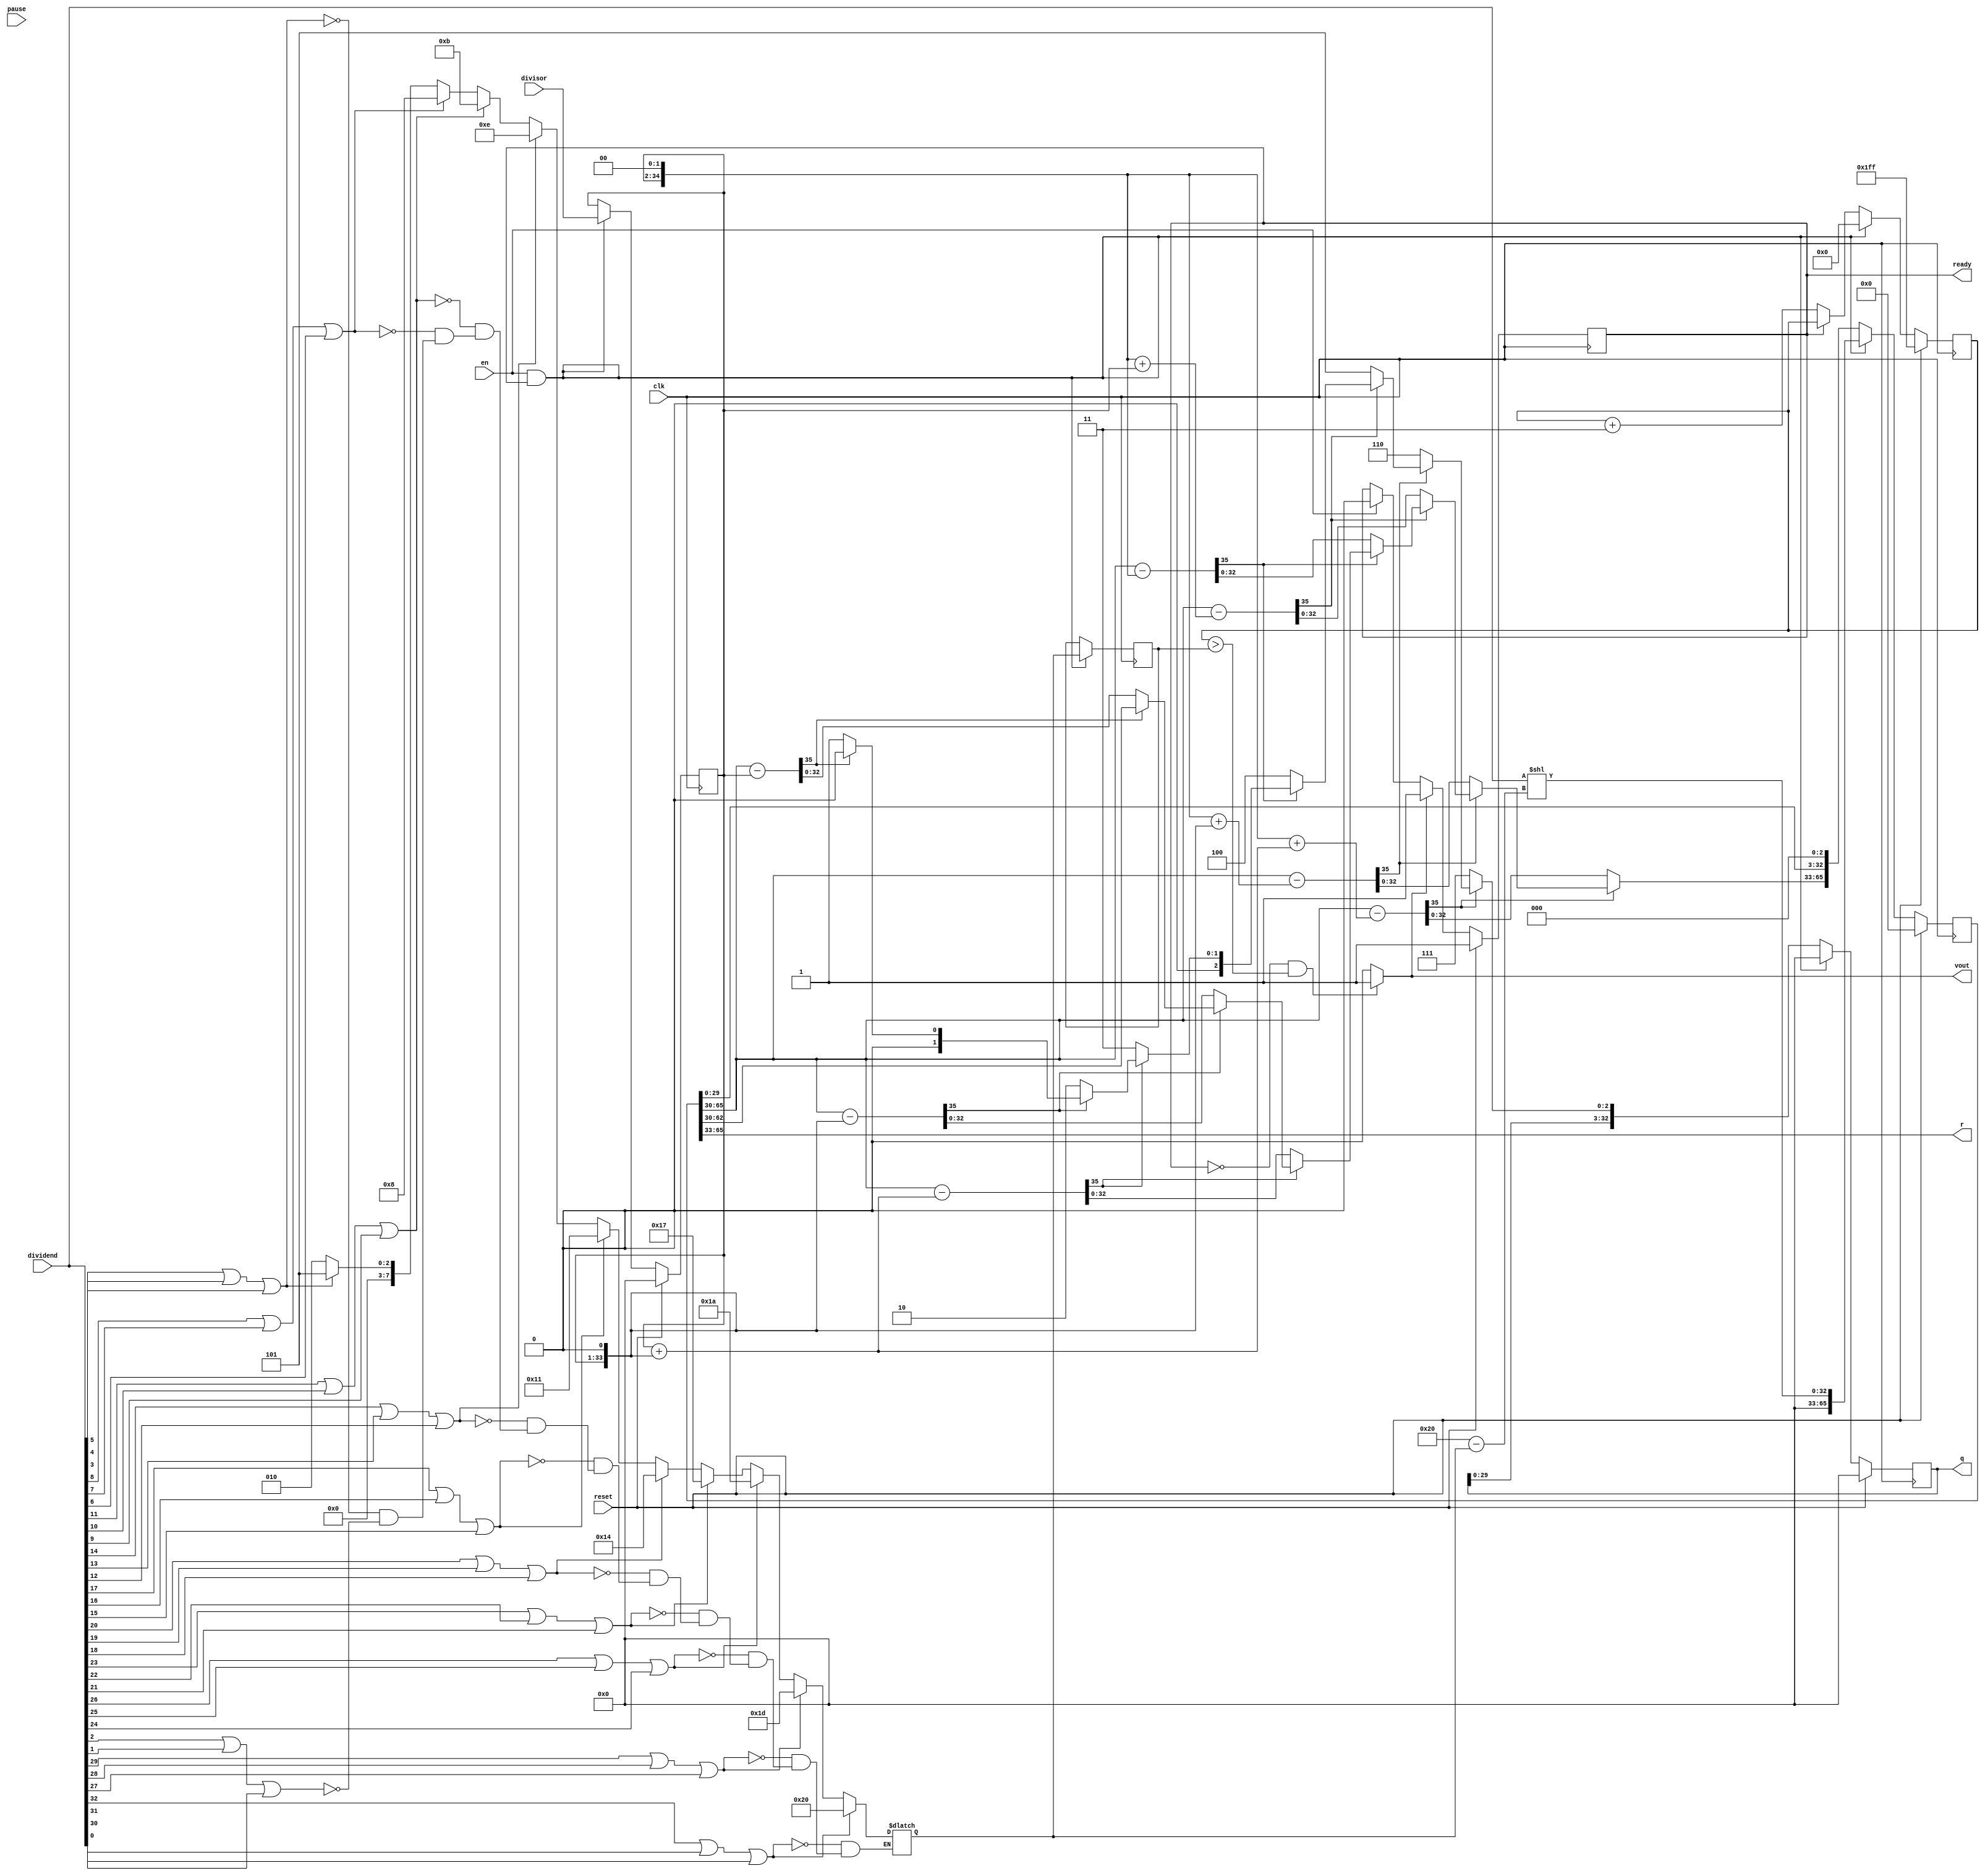
module divu_radix8#(
	parameter WIDTH = 33
)(
	input clk,
	input reset,
	input pause,
	
	input en,
	input [WIDTH-1:0] divisor,
	input [WIDTH-1:0] dividend,      // width should be multiple of 4
	
	output ready,
	output [WIDTH-1:0] q,
	output [WIDTH-1:0] r,
	output vout
);

	// localparam width1 = $clog2(WIDTH) ;
	localparam width1 = 8 ;
	
	integer index;
	reg [width1-1:0] msb_count ;
	
	initial msb_count = 0 ;
	always @* begin // combination logic
		for(index = 2; index < WIDTH; index = index + 3) begin
			if(dividend[index]!=0 || dividend[index-1]!=0 || dividend[index-2]!=0 ) begin
				msb_count = index;
			end
		end
	end
	
	wire [width1-1:0] shifts = WIDTH - 1 - msb_count;
	
	wire [WIDTH-1:0] wire_dividend = dividend << shifts ;

	reg reg_ready;
	always@(posedge clk) begin
	    if      ( reset ) reg_ready <= 1; 
		else if ( vout  ) reg_ready <= 1; 
		else if ( en    ) reg_ready <= 0; 
	end
	
	assign ready = reg_ready;
	
	wire init = en & ready;
	
	reg [WIDTH-1  :0] reg_divisor;
	reg [2*WIDTH-1:0] reg_dividend;
	
	reg [WIDTH-1  :0] reg_q;
	
	wire [2:0] wire_q0 ;
	
	wire [WIDTH-1:0] wire_d1 ;
	wire [WIDTH-4:0] wire_d0 = reg_dividend[WIDTH-4:0] ;
	
	always@(posedge clk) begin
		if (reset) begin
			reg_divisor  <= {WIDTH{1'b0}} ;
			reg_dividend <= {(2*WIDTH){1'b0}};
			reg_q        <= {WIDTH{1'b0}};
		end else if (init) begin
			reg_divisor  <= divisor ;
			reg_dividend <= {{WIDTH{1'b0}}, wire_dividend} ;
			reg_q        <= {WIDTH{1'b0}};
		end else begin
			reg_dividend <= {wire_d1, wire_d0, 3'd0} ;
			reg_q        <= {reg_q[WIDTH-4:0], wire_q0} ;
		end
	end
	
	wire [WIDTH+2:0] wire_b   = reg_divisor       ;
	wire [WIDTH+2:0] wire_2b  = reg_divisor << 1  ;
	wire [WIDTH+2:0] wire_3b  = wire_b + wire_2b  ;
	wire [WIDTH+2:0] wire_4b  = reg_divisor << 2  ;
	wire [WIDTH+2:0] wire_5b  = wire_4b + wire_b  ;
	wire [WIDTH+2:0] wire_6b  = wire_4b + wire_2b ;
	wire [WIDTH+2:0] wire_7b  = wire_4b + wire_3b ;
	
	wire [WIDTH+2:0] wire_a = { reg_dividend[(2*WIDTH-1):WIDTH-3] } ;
	
	wire [WIDTH+2:0] wire_s   =   wire_a - wire_b ;
	wire [WIDTH+2:0] wire_2s  =   wire_a - wire_2b ;
	wire [WIDTH+2:0] wire_3s  =   wire_a - wire_3b ;
	wire [WIDTH+2:0] wire_4s  =   wire_a - wire_4b ;
	wire [WIDTH+2:0] wire_5s  =   wire_a - wire_5b ;
	wire [WIDTH+2:0] wire_6s  =   wire_a - wire_6b ;
	wire [WIDTH+2:0] wire_7s  =   wire_a - wire_7b ;
	
	assign wire_d1 = ( wire_7s[WIDTH+2]  == 1'b0 ) ? wire_7s[WIDTH-1:0] 
	:                ( wire_6s[WIDTH+2]  == 1'b0 ) ? wire_6s[WIDTH-1:0] 
	:                ( wire_5s[WIDTH+2]  == 1'b0 ) ? wire_5s[WIDTH-1:0] 
	:                ( wire_4s[WIDTH+2]  == 1'b0 ) ? wire_4s[WIDTH-1:0] 
	:                ( wire_3s[WIDTH+2]  == 1'b0 ) ? wire_3s[WIDTH-1:0] 
	:                ( wire_2s[WIDTH+2]  == 1'b0 ) ? wire_2s[WIDTH-1:0] 
	:                ( wire_s[WIDTH+2]   == 1'b0 ) ? wire_s[WIDTH-1:0] 
	:                  wire_a[WIDTH-1:0] ;
	
	
	assign wire_q0 = ( wire_7s[WIDTH+2]  == 1'b0 ) ? 3'd7 
	:                ( wire_6s[WIDTH+2]  == 1'b0 ) ? 3'd6 
	:                ( wire_5s[WIDTH+2]  == 1'b0 ) ? 3'd5 
	:                ( wire_4s[WIDTH+2]  == 1'b0 ) ? 3'd4 
	:                ( wire_3s[WIDTH+2]  == 1'b0 ) ? 3'd3 
	:                ( wire_2s[WIDTH+2]  == 1'b0 ) ? 3'd2 
	:                ( wire_s[WIDTH+2]   == 1'b0 ) ? 3'd1 
	:                 3'd0 ;
	
	reg [width1-1:0] count_limit;
	always@(posedge clk) if (init) count_limit <= msb_count ;
	
	reg [width1:0] count;
	
	always@(posedge clk) begin
		if      ( reset  ) count <= 32'hffffffff;
		else if ( init   ) count <= 0;
		else if ( !ready ) count <= count + 3;
	end
	
	// assign q    = wire_15b ;
	assign q    = reg_q ;
	assign r    = reg_dividend[(2*WIDTH-1):WIDTH] ;
	assign vout = ( !ready && count > count_limit ) ? 1'b1 : 1'b0 ;
	
endmodule